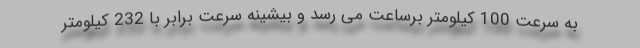
به سرعت 100 کیلومتر برساعت می رسد و بیشینه سرعت برابر با 232 کیلومتر